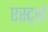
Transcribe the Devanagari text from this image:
एर्स्ट्स